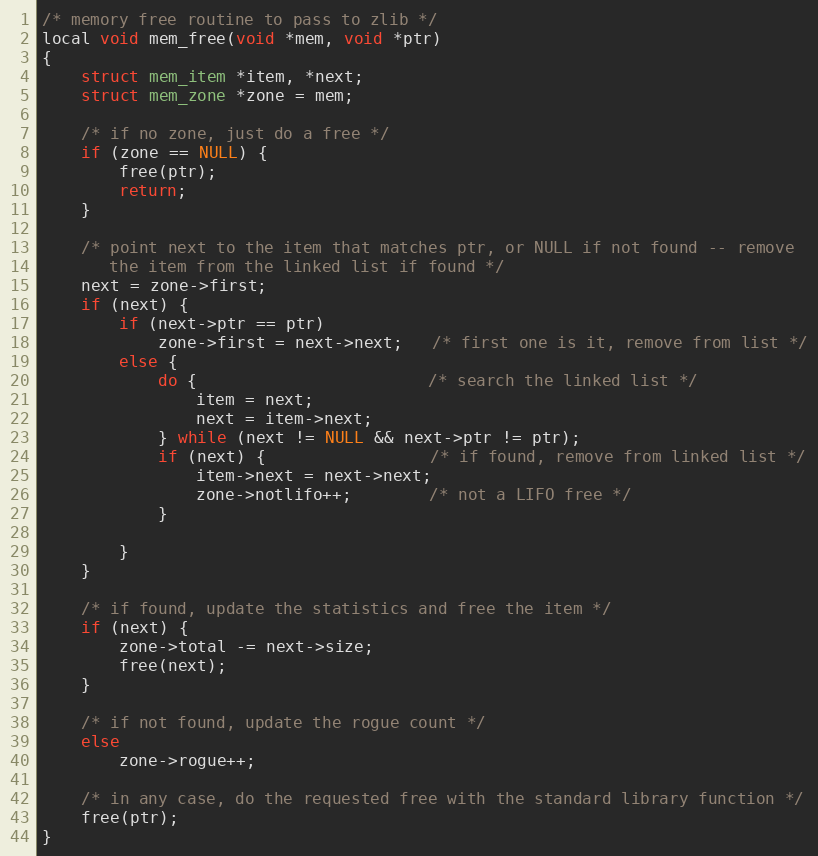
Language: C
/* memory free routine to pass to zlib */
local void mem_free(void *mem, void *ptr)
{
    struct mem_item *item, *next;
    struct mem_zone *zone = mem;

    /* if no zone, just do a free */
    if (zone == NULL) {
        free(ptr);
        return;
    }

    /* point next to the item that matches ptr, or NULL if not found -- remove
       the item from the linked list if found */
    next = zone->first;
    if (next) {
        if (next->ptr == ptr)
            zone->first = next->next;   /* first one is it, remove from list */
        else {
            do {                        /* search the linked list */
                item = next;
                next = item->next;
            } while (next != NULL && next->ptr != ptr);
            if (next) {                 /* if found, remove from linked list */
                item->next = next->next;
                zone->notlifo++;        /* not a LIFO free */
            }

        }
    }

    /* if found, update the statistics and free the item */
    if (next) {
        zone->total -= next->size;
        free(next);
    }

    /* if not found, update the rogue count */
    else
        zone->rogue++;

    /* in any case, do the requested free with the standard library function */
    free(ptr);
}